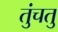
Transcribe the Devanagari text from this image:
तुंचतु